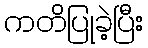
ကတိပြုခဲ့ပြီး